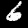
Digit: 6